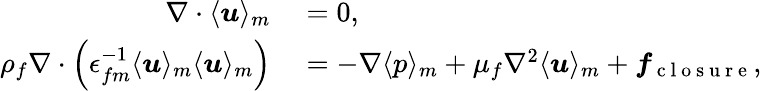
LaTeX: \begin{array}{rl}{\nabla\cdot\langle\boldsymbol{u}\rangle_{m}}&{{}=0,}\\ {\rho_{f}\nabla\cdot\left(\epsilon_{fm}^{-1}\langle\boldsymbol{u}\rangle_{m}\langle\boldsymbol{u}\rangle_{m}\right)}&{{}=-\nabla\langle p\rangle_{m}+\mu_{f}\nabla^{2}\langle\boldsymbol{u}\rangle_{m}+\boldsymbol{f}_{\mathrm{~c~l~o~s~u~r~e~}},}\end{array}